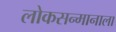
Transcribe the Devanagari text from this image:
लोकसन्मानाला